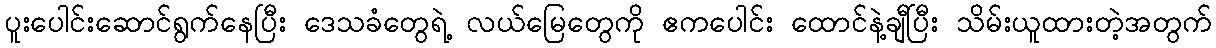
ပူးပေါင်းဆောင်ရွက်နေပြီး ဒေသခံတွေရဲ့ လယ်မြေတွေကို ဧကပေါင်း ထောင်နဲ့ချီပြီး သိမ်းယူထားတဲ့အတွက်